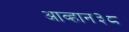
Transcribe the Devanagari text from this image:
आव्हान३८